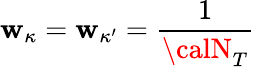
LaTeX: \mathbf{w}_{\kappa}=\mathbf{w}_{\kappa^{\prime}}=\frac{{1}}{{{\calN}_{T}}}